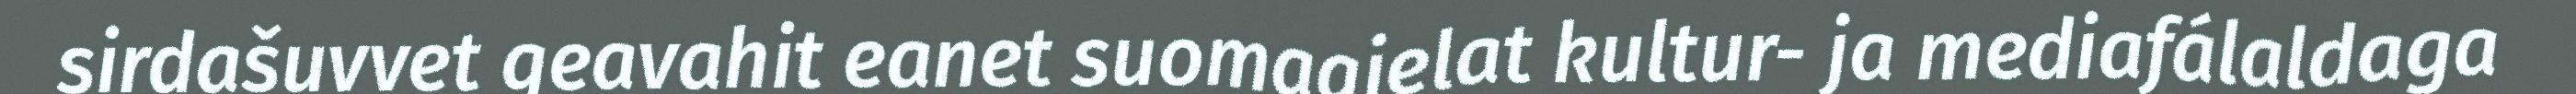
sirdašuvvet geavahit eanet suomagielat kultur- ja mediafálaldaga